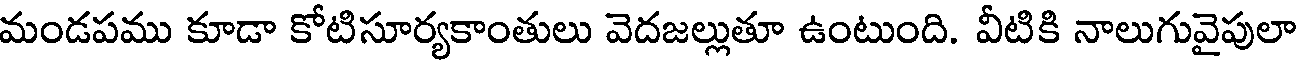
మండపము కూడా కోటిసూర్యకాంతులు వెదజల్లుతూ ఉంటుంది. వీటికి నాలుగువైపులా